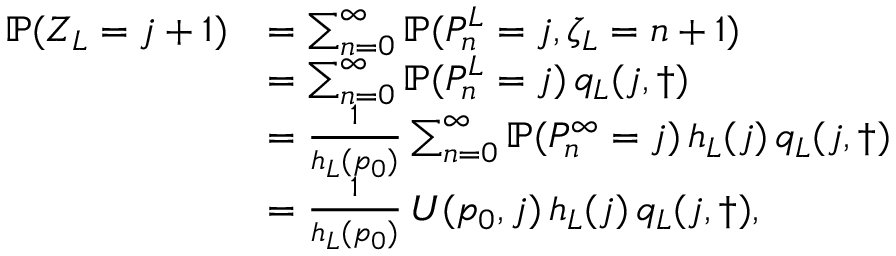
\begin{array} { r l } { \mathbb { P } ( Z _ { L } = j + 1 ) } & { = \sum _ { n = 0 } ^ { \infty } \mathbb { P } ( P _ { n } ^ { L } = j , \zeta _ { L } = n + 1 ) } \\ & { = \sum _ { n = 0 } ^ { \infty } \mathbb { P } ( P _ { n } ^ { L } = j ) \, q _ { L } ( j , \dagger ) } \\ & { = \frac { 1 } { h _ { L } ( p _ { 0 } ) } \sum _ { n = 0 } ^ { \infty } \mathbb { P } ( P _ { n } ^ { \infty } = j ) \, h _ { L } ( j ) \, q _ { L } ( j , \dagger ) } \\ & { = \frac { 1 } { h _ { L } ( p _ { 0 } ) } \, U ( p _ { 0 } , j ) \, h _ { L } ( j ) \, q _ { L } ( j , \dagger ) , } \end{array}